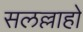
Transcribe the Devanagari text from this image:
सलल्लाहो